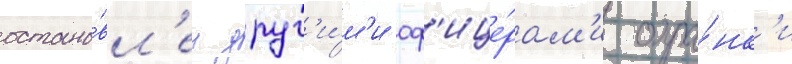
остано́вл'ен друг'и́м'и оф'ице́рам'и охра́нк'и